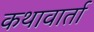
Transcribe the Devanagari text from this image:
कथावार्ता